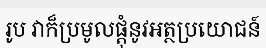
រូប វាក៏ប្រមូលផ្តុំនូវអត្ថប្រយោជន៍